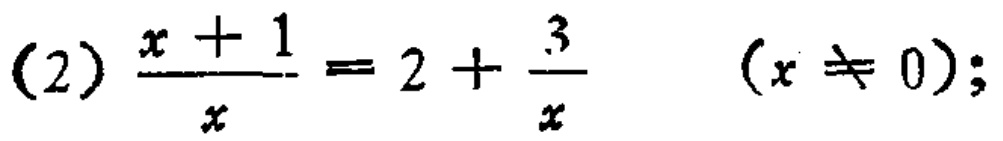
(2) \(\frac{x + 1}{x}=2+\frac{3}{x}\) \((x\neq 0)\);